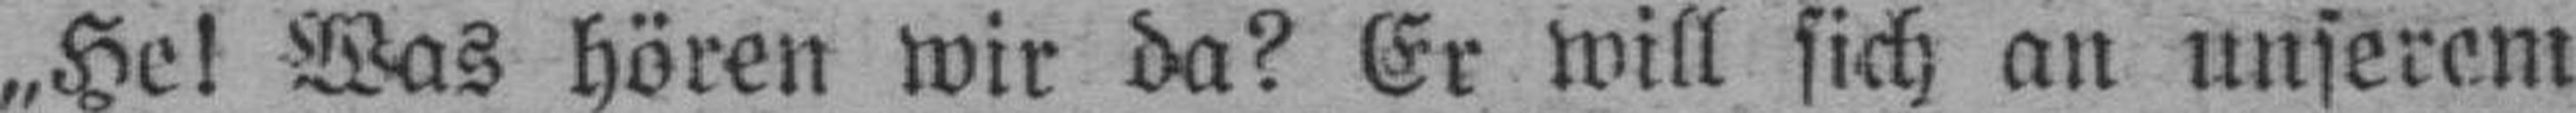
„He! Was hören wir da? Er will sich an unserem